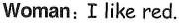
Woman: I like red.